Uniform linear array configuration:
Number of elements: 12
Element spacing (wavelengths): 1
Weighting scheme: blackman
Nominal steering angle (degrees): -15
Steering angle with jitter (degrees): -15.533
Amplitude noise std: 0.05
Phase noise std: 0.05

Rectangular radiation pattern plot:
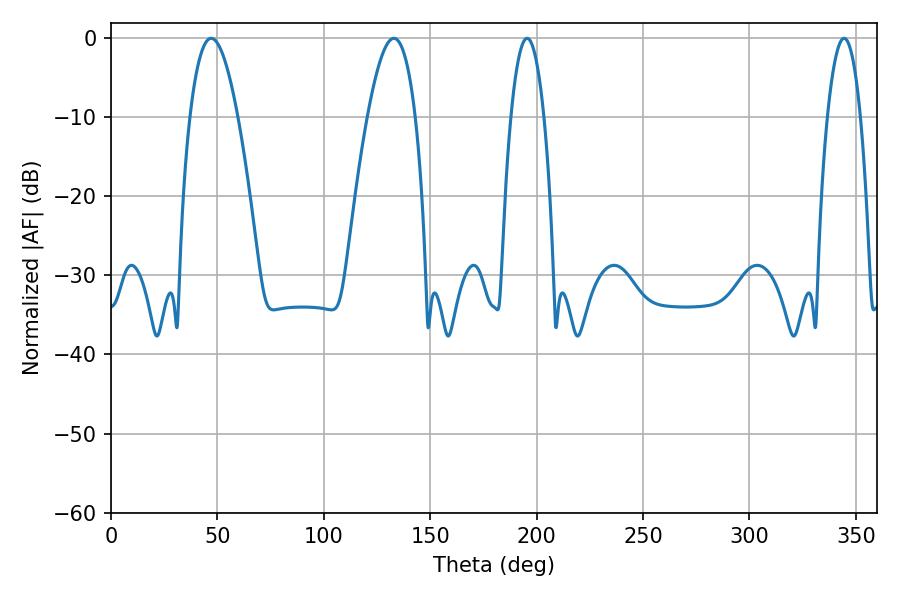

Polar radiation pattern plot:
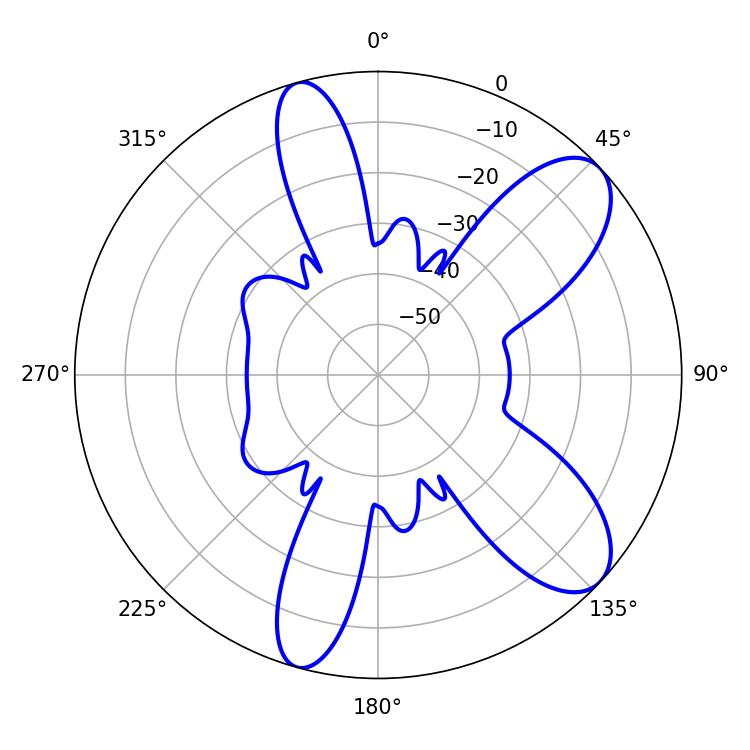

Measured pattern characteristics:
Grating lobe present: TRUE
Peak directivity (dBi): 8.948
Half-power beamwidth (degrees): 8.46
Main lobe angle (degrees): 195.48